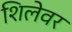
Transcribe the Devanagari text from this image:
शिलेवर